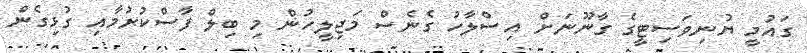
ގައުމީ ޔުނިވަސިޓީގެ ގާނޫނަށް އިސްލާހު ގެނެސް މަޖިލީހުން މި ބިލް ފާސްކުރުމާއި ގުޅިގެން